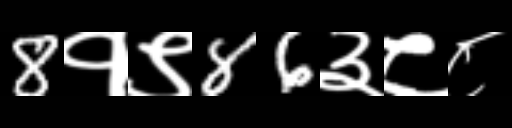
Text: 8१९86३८८